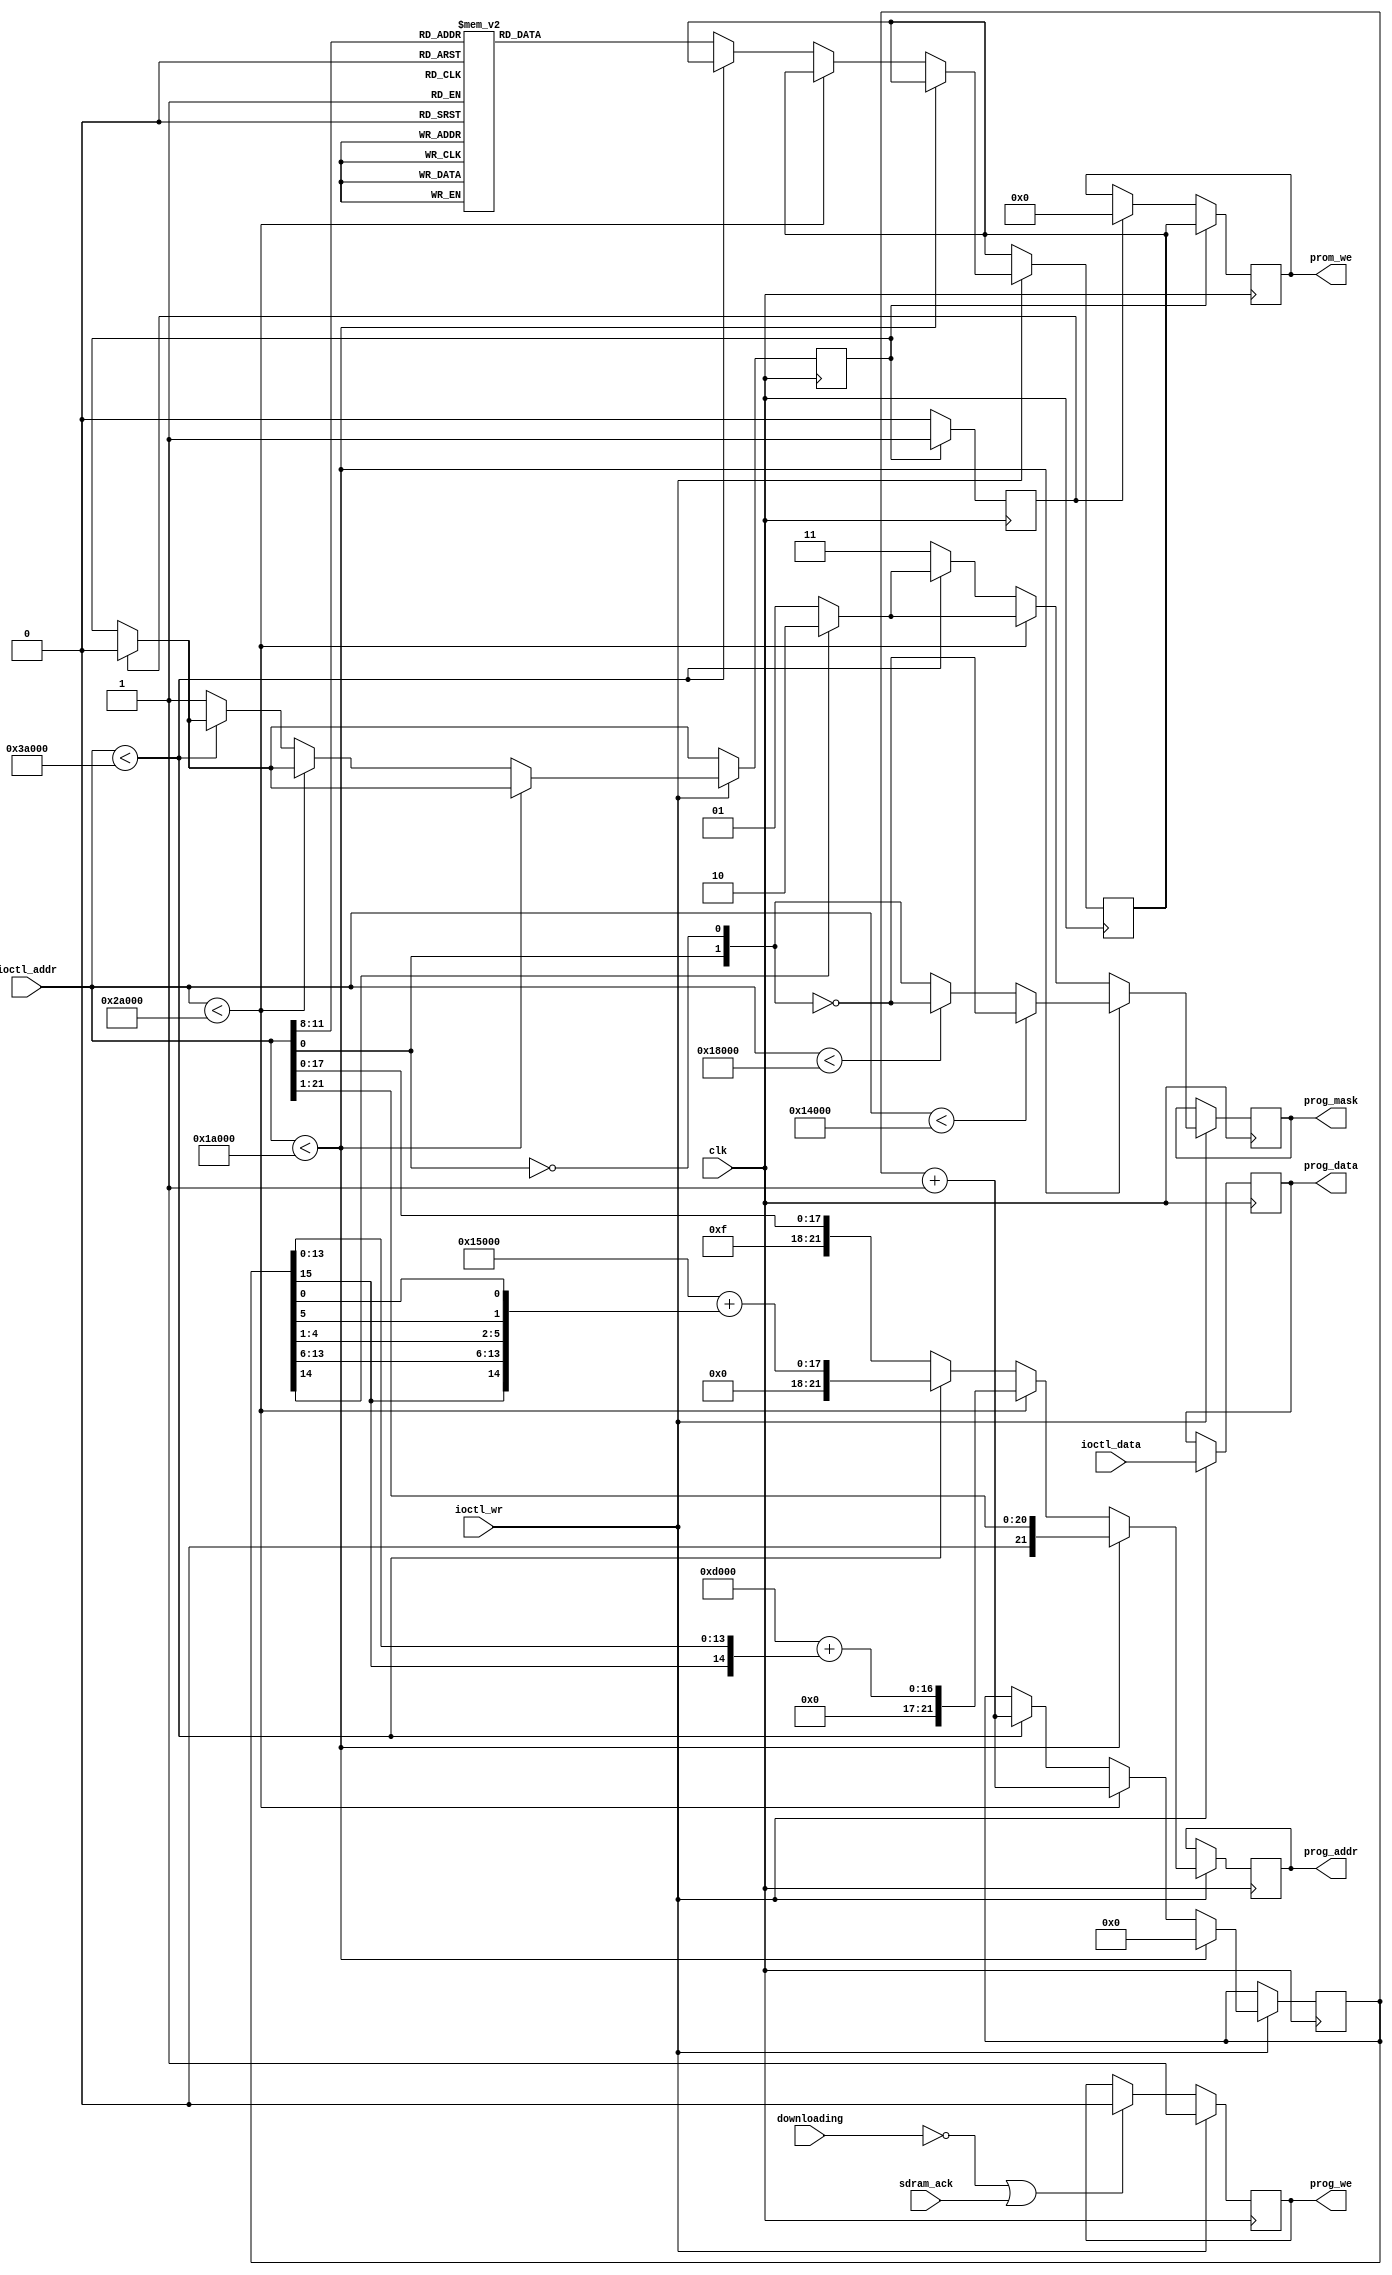
/*  This file is part of JT_GNG.
    JT_GNG program is free software: you can redistribute it and/or modify
    it under the terms of the GNU General Public License as published by
    the Free Software Foundation, either version 3 of the License, or
    (at your option) any later version.

    JT_GNG program is distributed in the hope that it will be useful,
    but WITHOUT ANY WARRANTY; without even the implied warranty of
    MERCHANTABILITY or FITNESS FOR A PARTICULAR PURPOSE.  See the
    GNU General Public License for more details.

    You should have received a copy of the GNU General Public License
    along with JT_GNG.  If not, see <http://www.gnu.org/licenses/>.

    Author: Jose Tejada Gomez. Twitter: @topapate
    Version: 1.0
    Date: 20-1-2019 */


module jt1942_prom_we(
    input                clk,
    input                downloading,
    input      [21:0]    ioctl_addr,
    input      [ 7:0]    ioctl_data,
    input                ioctl_wr,
    output reg [21:0]    prog_addr,
    output reg [ 7:0]    prog_data,
    output reg [ 1:0]    prog_mask,
    output reg           prog_we,
    output reg [9:0]     prom_we,
    input                sdram_ack
);

// srb-03.m3  main    0x00000
// srb-04.m4  main    0x04000
// srb-05.m5  main    0x08000
// srb-06.m6  main    0x0c000
// srb-06.m6  main    0x0e000
// srb-07.m7  main    0x10000
// sr-01.c11  sound   0x14000
// sr-02.f2   char    0x18000

// sr-10.a3   scr     0x1A000
// sr-11.a4   scr     0x1C000
// sr-08.a1   scr     0x1E000
// sr-09.a2   scr     0x20000

// sr-12.a5   scr **  0x22000
// sr-13.a6   scr **  0x24000
// sr-12.a5   scr - filling
// sr-13.a6   scr - filling

// sr-14.l1   obj     0x2A000
// sr-16.n1   obj     0x2E000
// sr-15.l2   obj     0x32000
// sr-17.n2   obj     0x36000
// PROMs
// sb-1.k6            0x3A000
// sb-2.d1
// sb-3.d2
// sb-4.d6
// sb-5.e8
// sb-6.e9
// sb-7.e10
// sb-0.f1
// sb-8.k3
// sb-9.m11

parameter [21:0] MAINADDR  = 22'h0_0000;
parameter [21:0] SOUNDADDR = 22'h1_4000;
parameter [21:0] CHARADDR  = 22'h1_8000;

parameter [21:0]
           SCRADDR = 22'h1_A000, 
           SCRUPPER= 22'h2_2000,
           OBJADDR = 22'h2_A000,
           PROMADDR= 22'h3_A000;
reg [15:0] scr_offset;

reg set_strobe, set_done;
reg [9:0] prom_we0;

always @(posedge clk) begin
    if( set_strobe ) begin
        prom_we <= prom_we0;
        set_done <= 1'b1;
    end else if(set_done) begin
        prom_we <= 10'd0;
        set_done <= 1'b0;
    end
end

`ifdef SIMULATION
wire [3:0] region = { 
    ioctl_addr < PROMADDR, ioctl_addr < OBJADDR,
    ioctl_addr < SCRUPPER, ioctl_addr < SCRADDR };
`endif

// wire incpu = ioctl_addr < CHARADDR;

always @(posedge clk) begin
    if( set_done ) set_strobe <= 1'b0;
    if ( ioctl_wr ) begin
        prog_we   <= 1'b1;
        prog_data <= ioctl_data;
        if(ioctl_addr < SCRADDR) begin // regular copy
            prog_addr <= {1'b0, ioctl_addr[21:1]};
            prog_mask <= ioctl_addr < SOUNDADDR ?
                ~{ioctl_addr[0], ~ioctl_addr[0]} : // main 
                ioctl_addr < CHARADDR ? 
                ~{ioctl_addr[0], ~ioctl_addr[0]} : // sound
                {ioctl_addr[0], ~ioctl_addr[0]}; // char
            scr_offset <= 16'd0;
        end
        else if(ioctl_addr < OBJADDR ) begin // scroll
            prog_mask <= scr_offset[14] ? 2'b10 : 2'b01;
            prog_addr <= (SCRADDR>>1) + 
                { scr_offset[15], scr_offset[13:0] }; // original bit order
            scr_offset <= scr_offset+16'd1;
        end        
        else if(ioctl_addr < PROMADDR ) begin // objects
            //**************************************************
            prog_mask  <= scr_offset[14] ? 2'b10 : 2'b01;
            prog_addr <= (OBJADDR>>1) + {scr_offset[15], // reordered to optimize cache hits
                scr_offset[13:6], scr_offset[4:1], scr_offset[5], scr_offset[0] };
            //**************************************************
            scr_offset <= scr_offset+16'd1;
        end
        else begin // PROMs
            prog_addr <= { 4'hF, ioctl_addr[17:0] };
            prog_mask <= 2'b11;
            case(ioctl_addr[11:8])
                4'd0: prom_we0 <= 10'h0_01;    // k6
                4'd1: prom_we0 <= 10'h0_02;    // d1
                4'd2: prom_we0 <= 10'h0_04;    // d2
                4'd3: prom_we0 <= 10'h0_08;    // d6
                4'd4: prom_we0 <= 10'h0_10;    // e8
                4'd5: prom_we0 <= 10'h0_20;    // e9
                4'd6: prom_we0 <= 10'h0_40;    // e10
                4'd7: prom_we0 <= 10'h0_80;    // f1
                4'd8: prom_we0 <= 10'h1_00;    // k3
                4'd9: prom_we0 <= 10'h2_00;    // m11
                default: prom_we0 <= 10'h0;    //
            endcase
            set_strobe <= 1'b1;
        end
    end
    else if(!downloading || sdram_ack) begin
        prog_we <= 1'b0;
    end
end

endmodule // jt1492_promprog